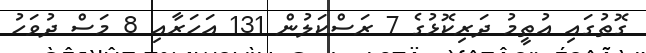
ގޮތުގައި އުތީމު ދަރިކޮޅުގެ 7 ރަސްކަލުން 131 އަހަރާއި 8 މަސް ދުވަހު